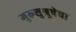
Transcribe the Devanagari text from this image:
गुरुशुश्रूषेचा